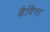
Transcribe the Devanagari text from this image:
डैविना